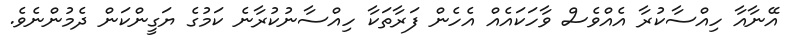
އޭނާއާ ހިއްސާކުރާ އެއްވެސް ވާހަކައެއް އެހެން ފަރާތަކާ ހިއްސާނުކުރާނެ ކަމުގެ ޔަގީންކަން ދެމުންނެވެ.